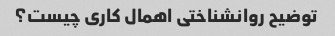
توضیح روانشناختی اهمال کاری چیست؟